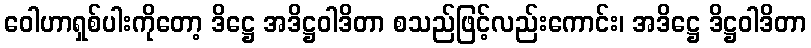
ဝေါဟာရှစ်ပါးကိုတော့ ဒိဋ္ဌေ အဒိဋ္ဌဝါဒိတာ စသည်ဖြင့်လည်းကောင်း၊ အဒိဋ္ဌေ ဒိဋ္ဌဝါဒိတာ